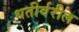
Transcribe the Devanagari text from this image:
धतीर्वरील